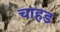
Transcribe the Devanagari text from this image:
चाहड